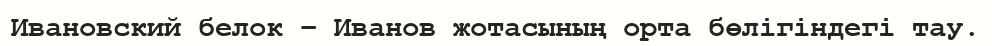
Ивановский белок – Иванов жотасының орта бөлігіндегі тау.